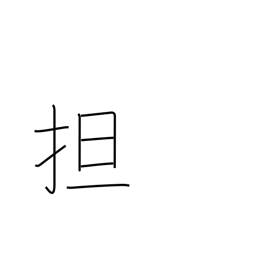
Meaning: raise